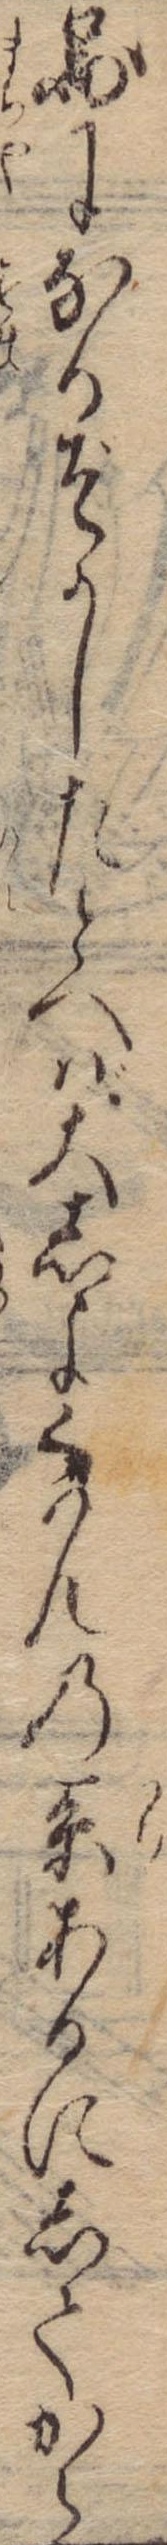
図になるぞかしたとへば大しよくはんの系あるにしてから